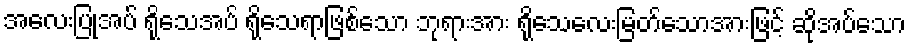
အလေးပြုအပ် ရိုသေအပ် ရိုသေရာဖြစ်သော ဘုရားအား ရိုသေလေးမြတ်သောအားဖြင့် ဆိုအပ်သော